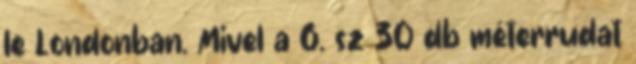
le Londonban. Mivel a 6. sz 30 db méterrudat